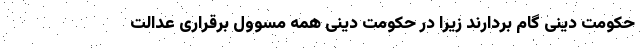
حکومت دینی گام بردارند زیرا در حکومت دینی همه مسوول برقراری عدالت